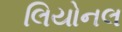
લિયોનલ